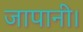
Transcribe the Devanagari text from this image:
जापानी।